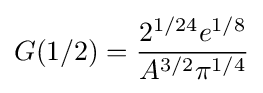
G(1/2)={\frac {2^{1/24}e^{1/8}}{A^{3/2}\pi ^{1/4}}}